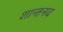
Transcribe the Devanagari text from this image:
शान्तनव